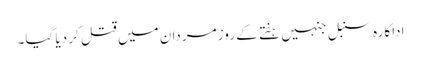
اداکارہ سنبل جنہیں ہفتے کے روز مردان میں قتل کر دیا گیا۔